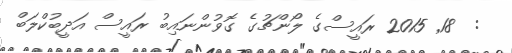
:  18